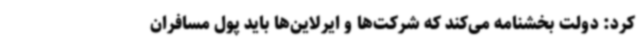
کرد: دولت بخشنامه می‌کند که شرکت‌ها و ایرلاین‌ها باید پول مسافران